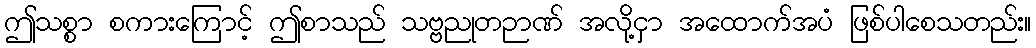
ဤသစ္စာ စကားကြောင့် ဤစာသည် သဗ္ဗညုတဉာဏ် အလို့ငှာ အထောက်အပံ ဖြစ်ပါစေသတည်း။